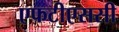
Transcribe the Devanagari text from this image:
एफटीएससी